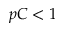
p C < 1